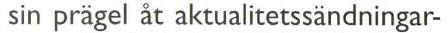
sin prägel åt aktualitetssändningar-